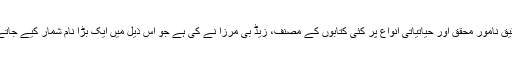
یہ تحقیق نامور محقق اور حیاتیاتی انواع پر کئی کتابوں کے مصنف، زیڈ بی مرزا نے کی ہے جو اس ذیل میں ایک بڑا نام شمار کیے جاتے ہیں۔